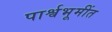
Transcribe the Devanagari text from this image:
पार्श्वभूमींत